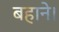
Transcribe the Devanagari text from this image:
बहाने।